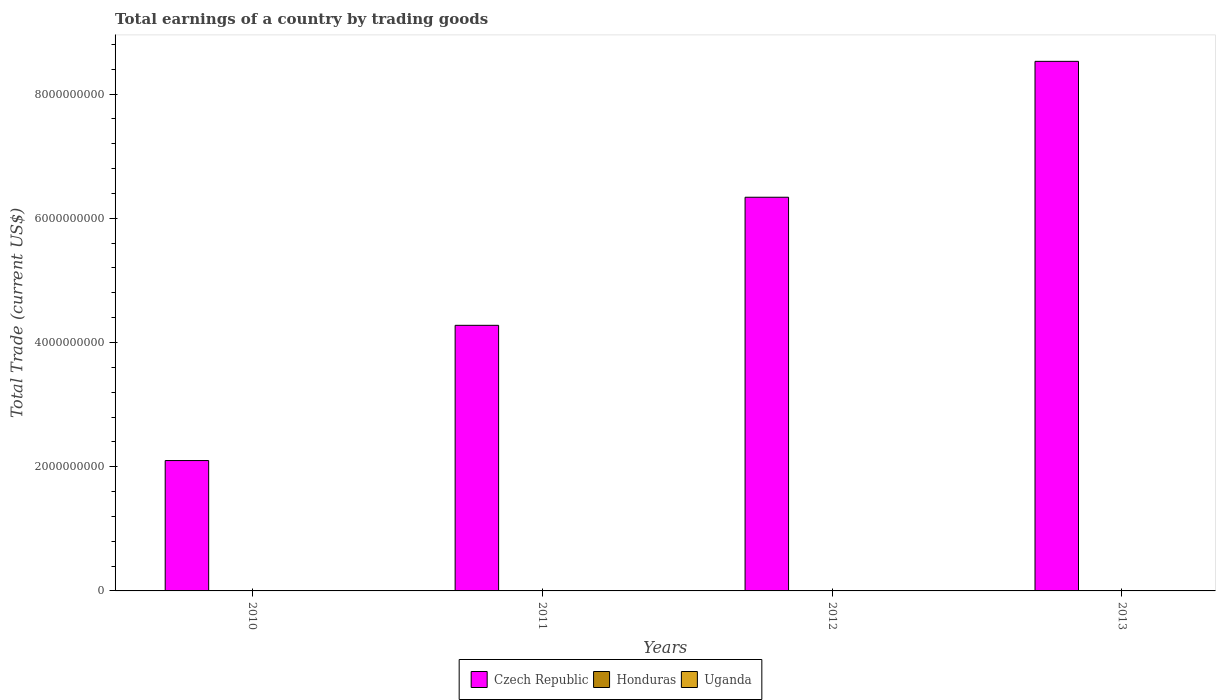
| Years | Czech Republic | Honduras | Uganda |
 | --- | --- | --- | --- |
 | 2010 | 2.1e+09 | -3.77e+09 | -2.21e+09 |
 | 2011 | 4.28e+09 | -4.38e+09 | -2.48e+09 |
 | 2012 | 6.34e+09 | -4.29e+09 | -2.46e+09 |
 | 2013 | 8.53e+09 | -4.48e+09 | -2.15e+09 |